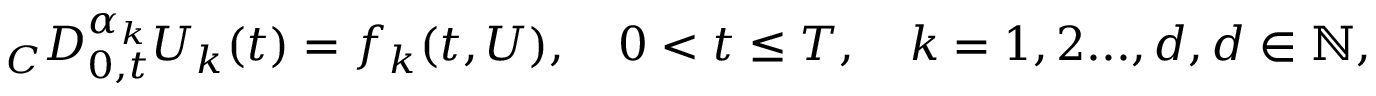
{ } _ { C } D _ { 0 , t } ^ { \alpha _ { k } } U _ { k } ( t ) = f _ { k } ( t , U ) , \quad 0 < t \le T , \quad k = 1 , 2 . . . , d , d \in \mathbb { N } ,